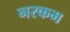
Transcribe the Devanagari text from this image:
नरकम